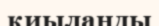
қиыланды